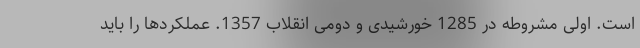
است. اولی مشروطه در 1285 خورشیدی و دومی انقلاب 1357. عملکردها را باید